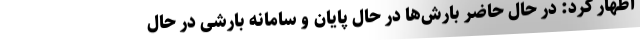
اظهار کرد: در حال حاضر بارش‌ها در حال پایان و سامانه بارشی در حال